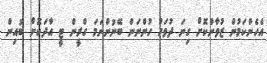
އެހެންކަމުން ޒުވާންކޮށް ގިނަ ދުވަހު ހުންނަން ބޭނުންނަމަ ގްރީން ޓީ އާދަކޮށް ބުއިން